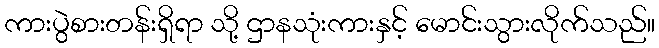
ကားပွဲစားတန်းရှိရာ သို့ ဌာနသုံးကားနှင့် မောင်းသွားလိုက်သည်။